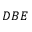
D B E